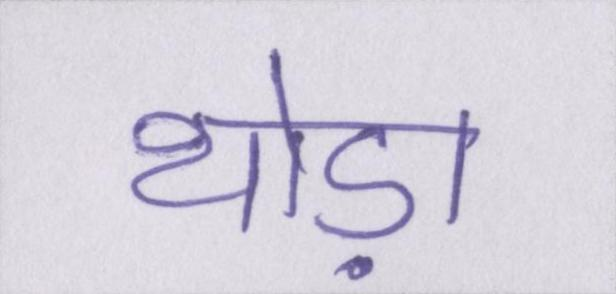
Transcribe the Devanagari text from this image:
थोड़ा